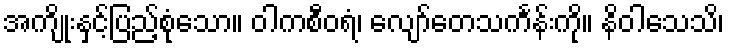
အကျိုးနှင့်ပြည့်စုံသော။ ဝါကစီဝရံ၊ လျော်တေသင်္ကန်းကို။ နိဝါသေသိ၊